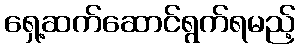
ရှေ့ဆက်ဆောင်ရွက်ရမည့်